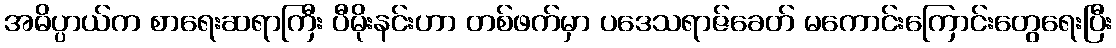
အဓိပ္ပာယ်က စာရေးဆရာကြီး ပီမိုးနင်းဟာ တစ်ဖက်မှာ ပဒေသရာဇ်ခေတ် မကောင်းကြောင်းတွေရေးပြီး